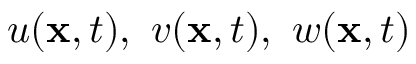
{ u ( { \bf x } , t ) , \ v ( { \bf x } , t ) , \ w ( { \bf x } , t ) }